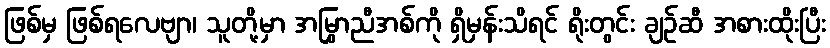
ဖြစ်မှ ဖြစ်ရလေဗျာ၊ သူတို့မှာ အမြွှာညီအစ်ကို ရှိမှန်းသိရင် ရိုးတွင်း ချဉ်ဆီ အစားထိုးပြီး